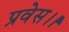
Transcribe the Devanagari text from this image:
प्रवेस।।